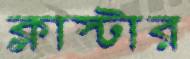
ক্লাস্টার